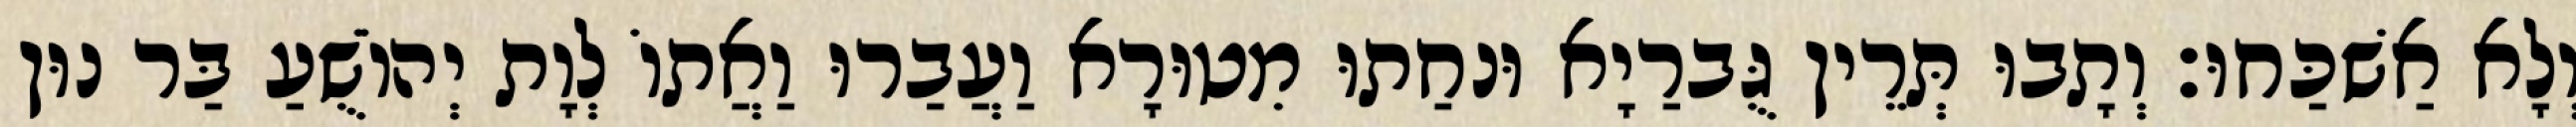
וְלָא אַשׁכַּחוּ׃ וְתָבוּ תְּרֵין גֻּברַיָא וּנחַתוּ מִטוּרָא וַעֲבַרוּ וַאֲתוֹ לְוָת יְהוֹשֻׁעַ בַּר נוּן